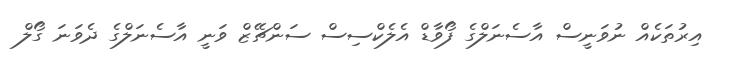
އިރުތަކެއް ނުވަނީސް އާސެނަލްގެ ފޯވާޑް އެލެކްސިސް ސަންޗޭޒް ވަނީ އާސެނަލްގެ ދެވަނަ ގޯލް